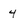
Character: 4